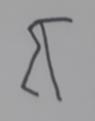
Signature authenticity: forged